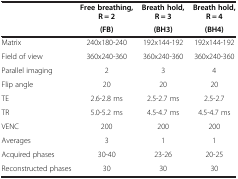
<table><thead><tr><td><b> </b></td><td><b>Free breathing, R = 2</b></td><td><b>Breath hold, R = 3</b></td><td><b>Breath hold, R = 4</b></td></tr><tr><td><b> </b></td><td><b>(FB)</b></td><td><b>(BH3)</b></td><td><b>(BH4)</b></td></tr></thead><tbody><tr><td>Matrix</td><td>240x180-240</td><td>192x144-192</td><td>192x144-192</td></tr><tr><td>Field of view</td><td>360x240-360</td><td>360x240-360</td><td>360x240-360</td></tr><tr><td>Parallel imaging</td><td>2</td><td>3</td><td>4</td></tr><tr><td>Flip angle</td><td>20</td><td>20</td><td>20</td></tr><tr><td>TE</td><td>2.6-2.8 ms</td><td>2.5-2.7 ms</td><td>2.5-2.7</td></tr><tr><td>TR</td><td>5.0-5.2 ms</td><td>4.5-4.7 ms</td><td>4.5-4.7 ms</td></tr><tr><td>VENC</td><td>200</td><td>200</td><td>200</td></tr><tr><td>Averages</td><td>3</td><td>1</td><td>1</td></tr><tr><td>Acquired phases</td><td>30-40</td><td>23-26</td><td>20-25</td></tr><tr><td>Reconstructed phases</td><td>30</td><td>30</td><td>30</td></tr></tbody></table>